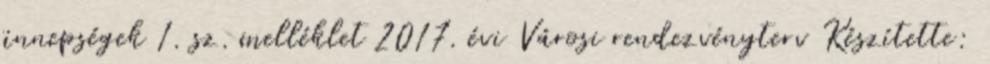
ünnepségek 1. sz. melléklet 2017. évi Városi rendezvényterv Készítette: